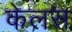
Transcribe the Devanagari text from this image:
केलस